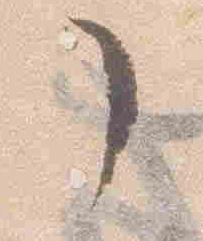
了